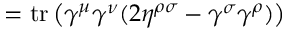
= \operatorname { t r } \left( \gamma ^ { \mu } \gamma ^ { \nu } ( 2 \eta ^ { \rho \sigma } - \gamma ^ { \sigma } \gamma ^ { \rho } ) \right)